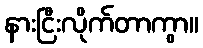
နားငြီးလိုက်တာကွာ။